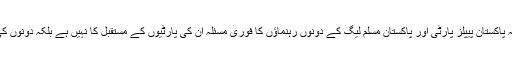
مبصرین کا کہنا ہے کہ پاکستان پیپلز پارٹی اور پاکستان مسلم لیگ کے دونوں رہنماؤں کا فوری مسئلہ ان کی پارٹیوں کے مستقبل کا نہیں ہے بلکہ دونوں کی اپنی اپنی ذات کا ہے۔